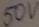
Text: 50V